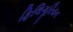
ફિલિગૂરિયન